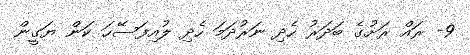
9- ރައް ރަށުގެ ބަދަރު ހެދި ނަރުދަމަ ހެދި ލުއިފަސޭހަ ކަން ޔަގީން